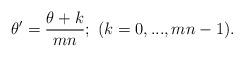
LaTeX: \begin{align*}\theta' = \frac{\theta + k}{mn}; \ (k = 0,..., mn - 1).\end{align*}